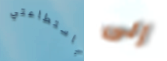
باستطاعتي إلى